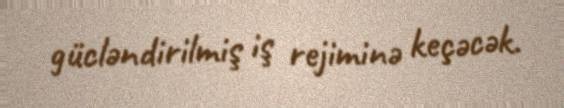
gücləndirilmiş iş rejiminə keçəcək.